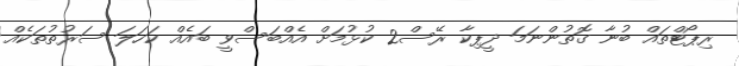
ރިޕޯޓްތައް ބުނާ ގޮތުންނަމަ ދީޕިކާ ރޭސް2 ކުޅުމަށް އެއްބަސްވީ ބައެއް ކަހަލަ ސަރުތުތަކެއް